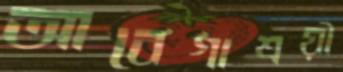
আবেগাশ্রয়ী